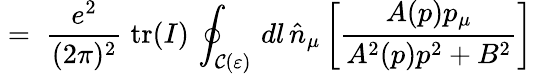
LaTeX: \; =\; \frac{e^{2}}{(2\pi)^{2}}\; \mathrm{tr}(I)\, \oint_{{\mathcal C}(\varepsilon)}\, dl\, {\hat{n}}_{\mu}\left[\frac{A(p)p_{\mu}}{A^{2}(p)p^{2}+B^{2}}\right]